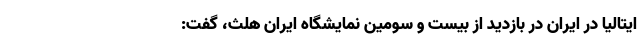
ایتالیا در ایران در بازدید از بیست و سومین نمایشگاه ایران هلث، گفت: